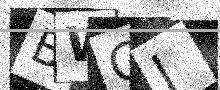
Text: BWGJ